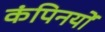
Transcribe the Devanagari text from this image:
कंपिनयों